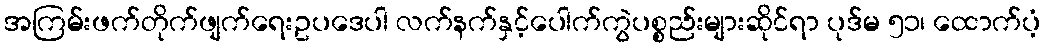
အကြမ်းဖက်တိုက်ဖျက်ရေးဥပဒေပါ လက်နက်နှင့်ပေါက်ကွဲပစ္စည်းများဆိုင်ရာ ပုဒ်မ ၅၁၊ ထောက်ပံ့